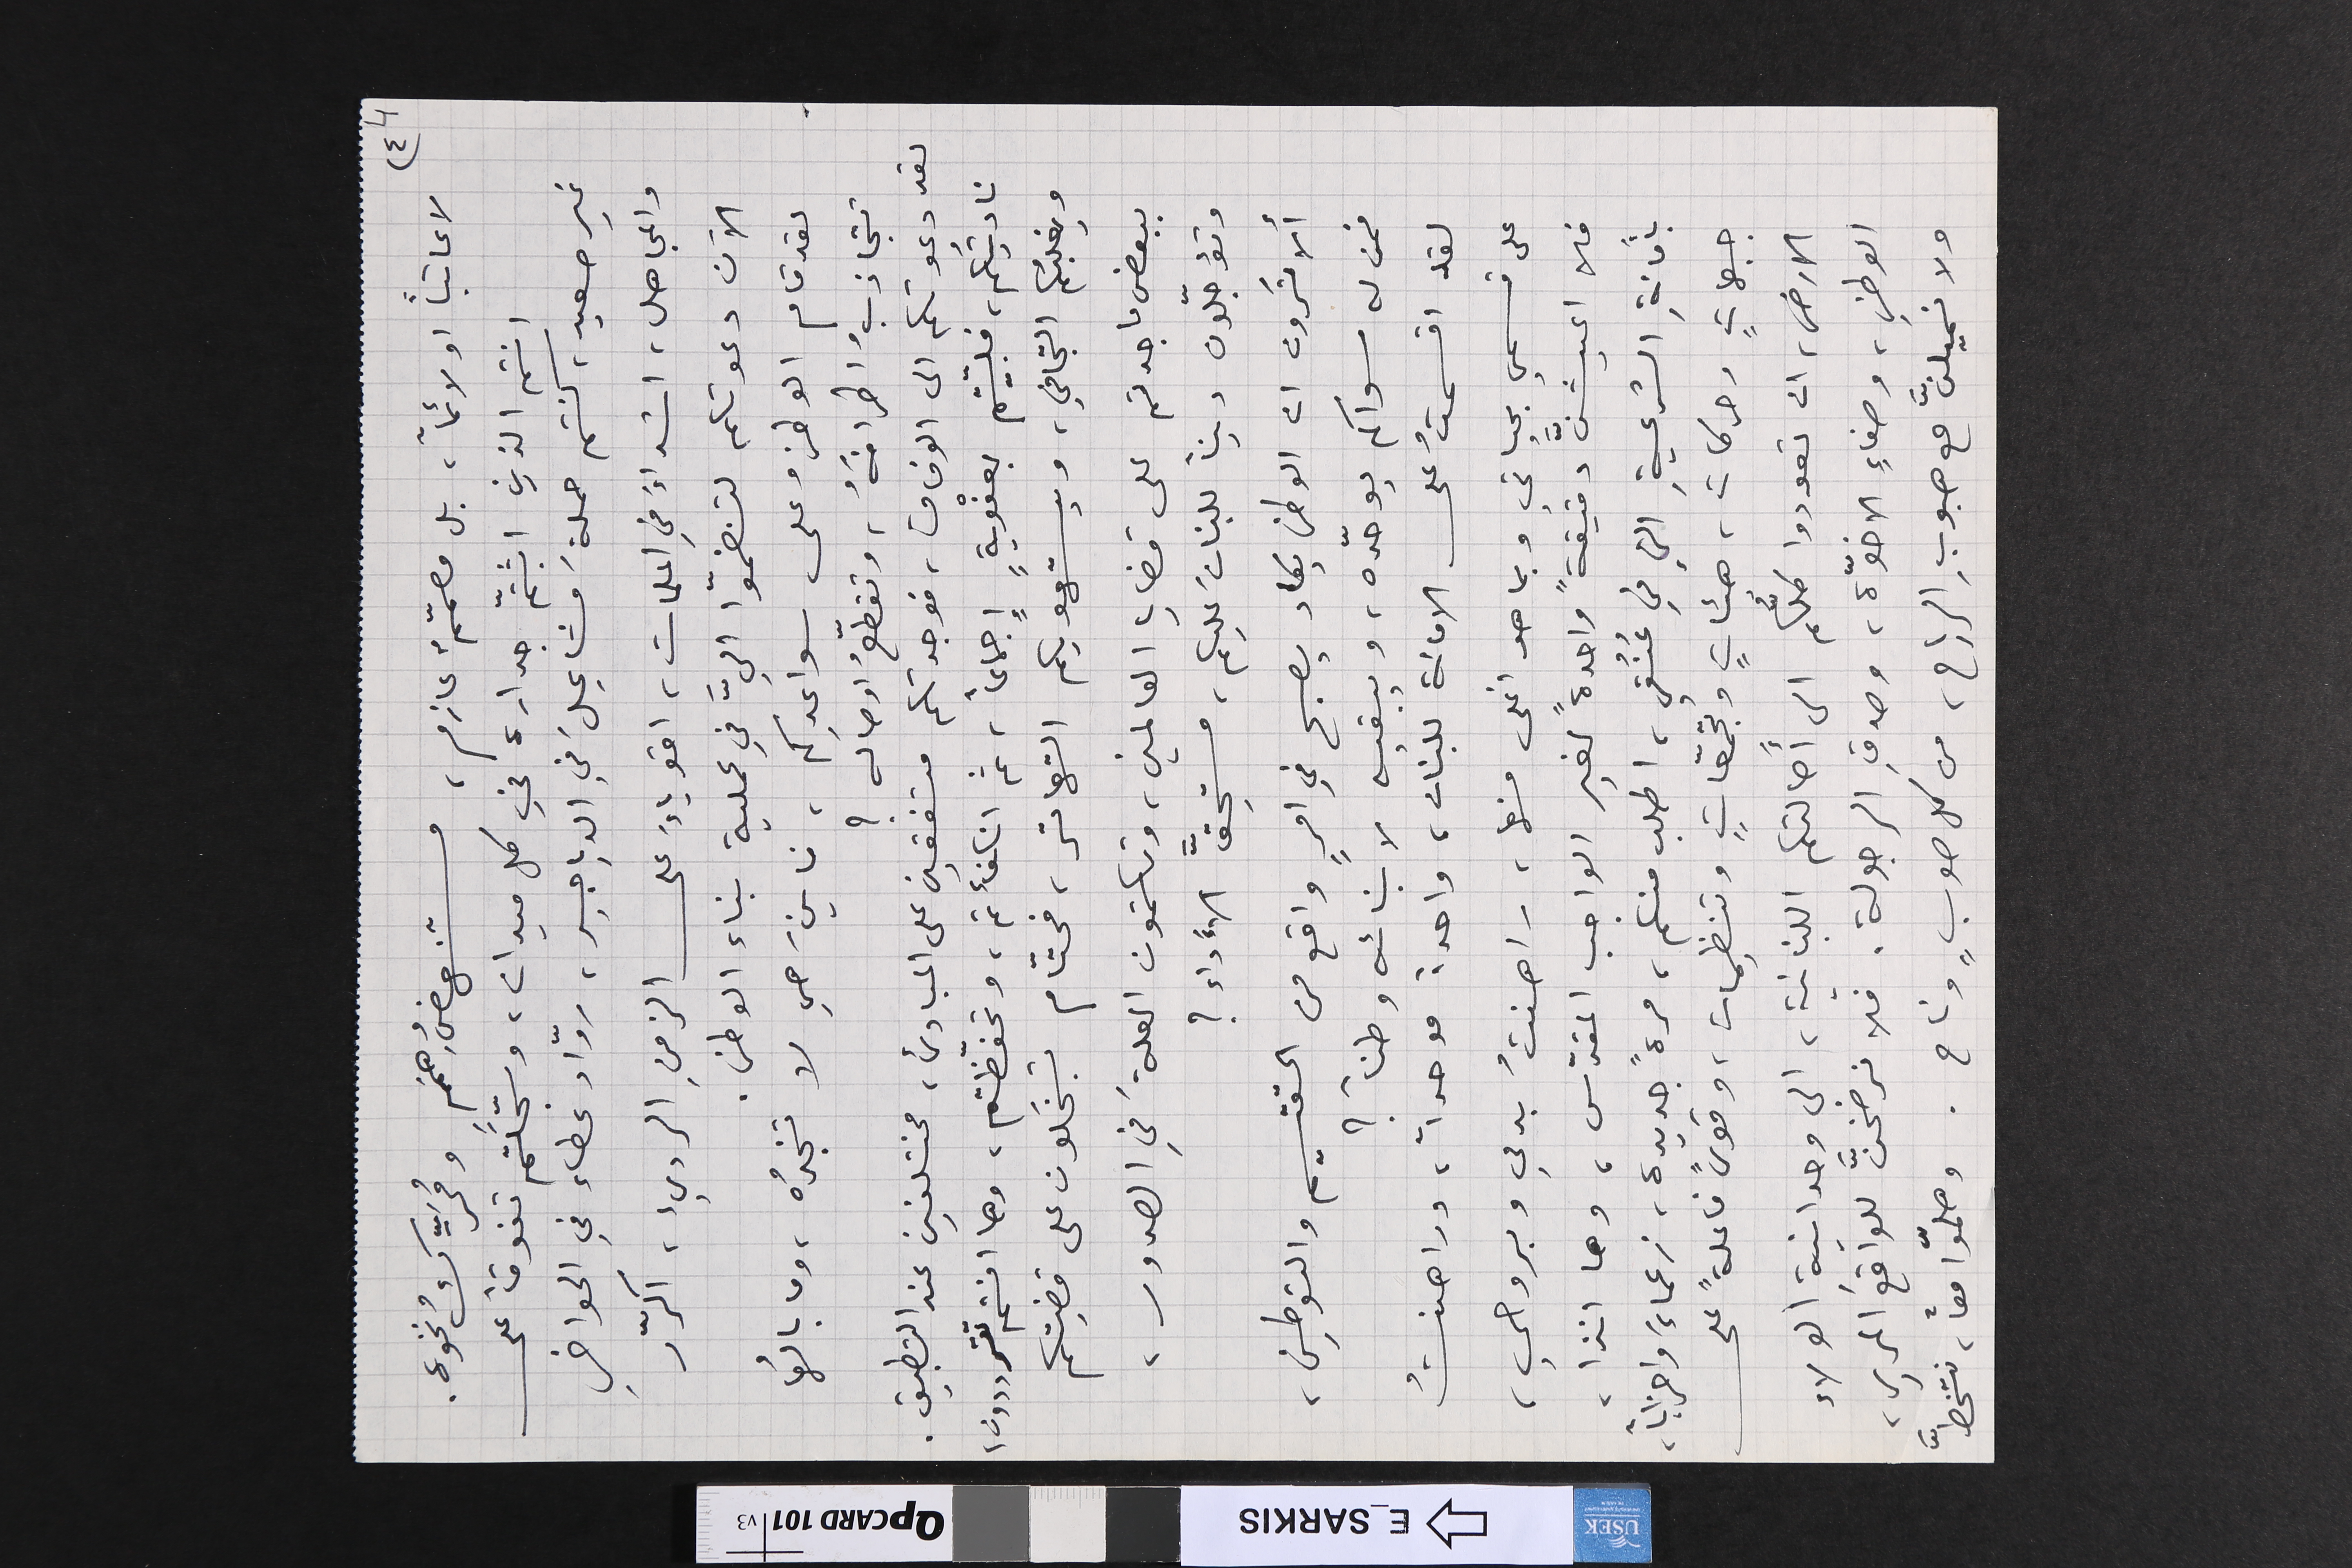
(٤ 4
لا عاتباً او لائماً، بل مصمّمٌ عازم، مستنهضُ هِمَم ٍومُحَرِّك ونخوة.
انتم الذين اثبتّم جداره في كل ميدان، وسجّلتم تفوقاً على
غير صعيد، كنتم حملةَ مشاعٍلَ في الدياجير، روّاد غطاء في الحواضرِ
والمجاهل، اشداءَ في الملمات، اقوياءَ على الزمنِ الرديء، اكرّر
الآن دعوتكم لتنضمّوا اليَّ في عملية بناء الوطن.
لقد قام الوطن وعلى سواعدِكم، فاينَ هي لا تنجدُه، وما بالُها
تتجاذبُ اطرافَهٌ، وتقطّعُ اوصاله ؟
لقد دعوتكِم الى الوفاق، فوجدتكم متفقين على المبادئ، مختلفين عند التطبيق.
ناديتُكم، فلبيّتم بعفْويةٍ إجماعاً، ثم انكفأتم، وتحفّظتم، وها انتم تترددون،
ويغلبُكم التجافي، ويستهويكم التهاتر، فحتّام تبخَلون على قضيتكم
ببعض ما جدتم على قضايا العالمين، وتكتمون العلةَ في الصدور،
وتؤجّلون ديناً للبنانَ عليكم، مستحِقَّ  الأَداء ؟
ألا تَرون ان الوطن يكاد يصبح في امرٍ واقع من التقسيم والتوطين،
فمن له سواكم يوحدّه، ويبقيه لابنائه وطناً ؟
لقد اقسمتُ على الامانة للبنان، واحداً موحداً، وراهنتُ
على قسمي بحياتي وبما هو اغلى منها، راهنتُ بدمي وبروحي،
فلا اعيشنَّ دقيقةً واحدةً لغير الواجب المقدّس، وها انذا،
بأمانةِ الشرعيةِ التي في عُنُقي، اطلب منكم، مرةً جديدة، زعماءَ واحزاباً،
جبهاتٍ وحركات، هيئاتٍ وتجمّعاتٍ، وتنظيمات، وقوىً فاعلةً على
الارض، ان تعودوا كلُّكم الى أصالتكم اللبنانية، الى وحدانيةِ الولاء
الوطني، وصفاءِ الاخوّة، وصدقِ الرجولة. فلا نرضخنَّ للواقع المرير،
ولا نميلنَّ مع هبوبِ الرياح، من كل صوبٍ وناح. وهلّموا معاً، نتخطَّ